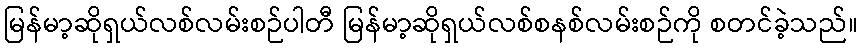
မြန်မာ့ဆိုရှယ်လစ်လမ်းစဉ်ပါတီ မြန်မာ့ဆိုရှယ်လစ်စနစ်လမ်းစဉ်ကို စတင်ခဲ့သည်။